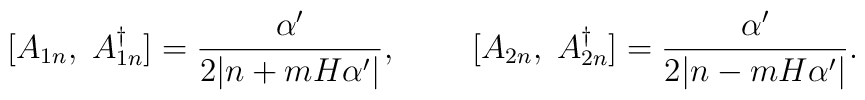
[A_{1n},\;A_{1n}^\dagger]=\frac{\alpha'}{2|n+mH\alpha'|},\;\;\;\;\;\;\;\;[A_{2n},\;A_{2n}^\dagger]=\frac{\alpha'}{2|n-mH\alpha'|}.